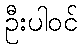
ဦးပါဝင်